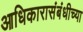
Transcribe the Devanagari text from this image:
आधिकारासंबंधीच्या